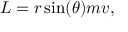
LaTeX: L = r \sin ( \theta ) m v ,